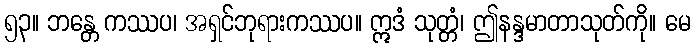
၅၃။ ဘန္တေ ကဿပ၊ အရှင်ဘုရားကဿပ။ ဣဒံ သုတ္တံ၊ ဤနန္ဒမာတာသုတ်ကို။ မေ